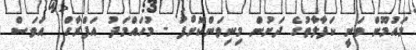
މައުމޫން ވަނީ ކަފާލާތުގެ ދަށުން މިނިވަންކޮށްފަ - މުހައްމަދު އަފްރާހް  އަވަސް